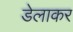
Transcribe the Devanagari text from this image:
डेलाकर